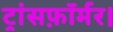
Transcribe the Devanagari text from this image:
ट्रांसफ़ॉर्मर।